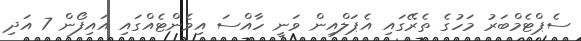
ސެޕްޓެމްބަރު މަހުގެ ތެރޭގައި އެޕަލްއިން ވަނީ ހާއްސަ އިވެންޓެއްގައި އައިފޯން 7 އަދި